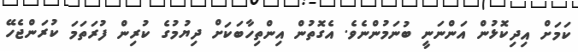
ކަމަށް އިދިކޮޅުން އަންނަނީ ބުނަމުންނެވެ. އެގޮތުން އިންތިހާބަކަށް ދިޔުމުގެ ކުރިން ފުރަތަމަ ކުރަންޖެހޭ